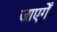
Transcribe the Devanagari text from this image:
जाएगेँ